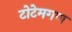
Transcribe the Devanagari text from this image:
टोटेमगण